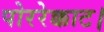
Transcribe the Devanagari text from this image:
पोररेक्काट।